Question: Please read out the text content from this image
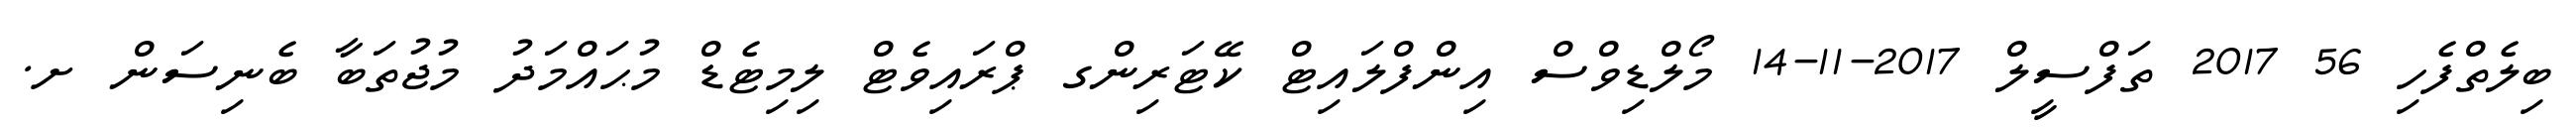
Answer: ބިލެތްފެހި 56 2017 ތަފްސީލް 2017-11-14 މޯލްޑިވްސް އިންފްލައިޓް ކޭޓަރިންގ ޕްރައިވެޓް ލިމިޓެޑް މުޙައްމަދު މުޖުތަބާ ބެނިސަން ށ.